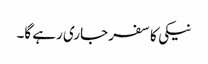
نیکی کا سفر جاری رہے گا۔